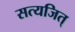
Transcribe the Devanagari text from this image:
सत्यजित्‌